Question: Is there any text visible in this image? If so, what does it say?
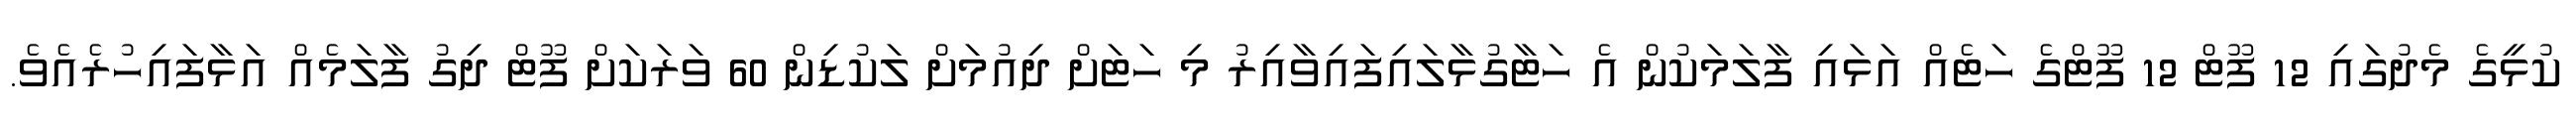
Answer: ކުޅީގެ މެދުގައި 12 ފޫޓް 12 ފޫޓްގެ ހަޓެއް އަޅައި ފާލަމަކުން އެ ހަޓާގުޅާލައިފައިވާއިރު މި ހަޓަށް ދިއުމަށް ލަކުޑިން 60 ވަރަކަށް ފޫޓް ދިގު ފާލަމެއް އަޅާފައިހުރެއެވެ.